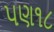
પણ૧૮